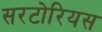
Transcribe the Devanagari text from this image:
सरटोरियस